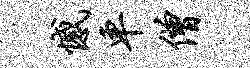
憾车僧